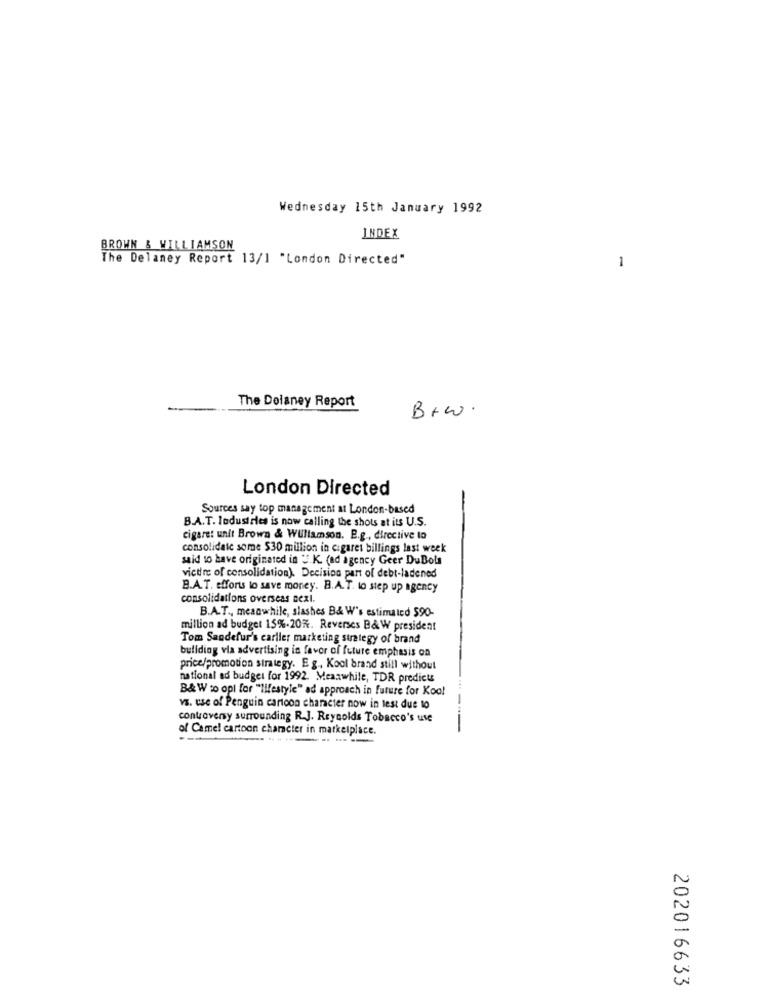
Wednesday 15th January 1992
INDEX
BROWN & WILLIAMSON
The Delaney Report 13/1 "London Directed"
1
The Delaney Report
B+w.
London Directed
Sources say top management at London-based
B.A.T. Industries is now calling the shots at its U.S.
cigaret unit Brown & WUllamson. P.g ., directive to
consolidate some $30 million in cigaret billings last week
said to have originated in UK. (ad agency Geer DuBols
victime of consolidation). Decision part of debt-ladened
B.A.T. efforts to save money. B.A.T. to step up agency
consolidations overseas next.
B.A.T ., meanwhile, slashes B& W's estimated $90-
million ad budget 15%-20%. Reverses B&W president
Tom Sandefur's carller marketing strategy of brand
buliding via advertising in favor of future emphasis on
price/promotion strategy. Eg ., Kool brand still without
national ad budget for 1992. Meanwhile, TDR predicts
B& W wo opl for "lifestyle" ad approach in future for Koo!
vs. use of Penguin cartoon character now in test due to
contraveny surrounding R.J. Reynolds Tobacco's use
of Camel cartoon character in marketplace.
--
202016633